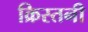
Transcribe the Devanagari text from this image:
क्रिस्तनी